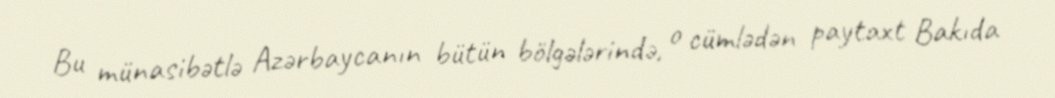
Bu münasibətlə Azərbaycanın bütün bölgələrində, o cümlədən paytaxt Bakıda